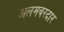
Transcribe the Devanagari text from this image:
अलमबरदार